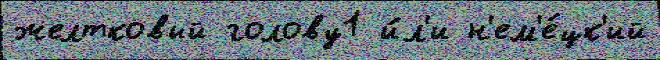
желтковый голову1 и́л'и н'ем'е́цк'ий